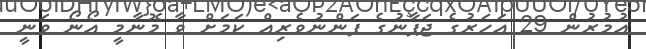
އުމުރުން 29 އަހަރުގެ ޖަޕާނުގެ ފަންނުވެރިއް ކަމަށް ވާ މޮނާމީ އޯނޯ ވަނީ